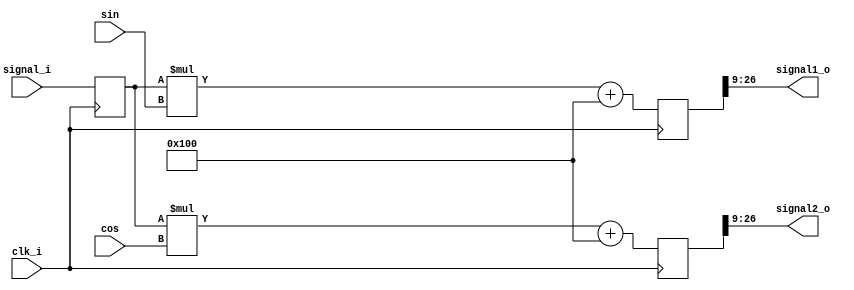
//////////////////////////////////////////////////////////////////////////////////
// Company: 
// Engineer: 
// 
// Design Name: 
// Module Name: 
// Project Name: 
// Target Devices: 
// Tool Versions: 
// Description: 
// 
// Dependencies: 
// 
// Revision:
// Revision 0.01 - File Created
// Additional Comments:
// 
//////////////////////////////////////////////////////////////////////////////////
/*
###############################################################################
#    pyrpl - DSP servo controller for quantum optics with the RedPitaya
#    Copyright (C) 2014-2016  Leonhard Neuhaus  (neuhaus@spectro.jussieu.fr)
#
#    This program is free software: you can redistribute it and/or modify
#    it under the terms of the GNU General Public License as published by
#    the Free Software Foundation, either version 3 of the License, or
#    (at your option) any later version.
#
#    This program is distributed in the hope that it will be useful,
#    but WITHOUT ANY WARRANTY; without even the implied warranty of
#    MERCHANTABILITY or FITNESS FOR A PARTICULAR PURPOSE.  See the
#    GNU General Public License for more details.
#
#    You should have received a copy of the GNU General Public License
#    along with this program.  If not, see <http://www.gnu.org/licenses/>.
############################################################################### 
*/


module red_pitaya_iq_demodulator_block #(
    parameter     INBITS   = 14,
    parameter     OUTBITS   = 18,
    parameter     SINBITS   = 14,
    parameter     SHIFTBITS  = 1
    // why SHIFTBITS SHOULD ALWAYS BE 1:
    // the sin from fgen ranges from -2**(SINBITS-1)+1 to 2**(SINBITS-1)-1
    // i.e. the strange number is excluded by definition. Including the
    // strange number -2**(SINBITS-1), the product signal_i * sin / cos
    // would be maximally
    // 2**(SINBITS+INBITS-1-1). That is, including the sign bit it would
    // occupy SINBITS+INBITS-1 bits. Excluding the strange number of the sin
    // factor makes the maximum less than that, i.e. we can safely represent
    // the product with SINBITS+INBITS-2 bits, including the sign bit.
    // That makes SHIFTBITS = -1 (see below). OUTBITS only determines how many
    // LSB's we cut off.
)
(
    input clk_i,
    input signed  [SINBITS-1:0] sin, 
    input signed  [SINBITS-1:0] cos, 
    input signed  [INBITS-1:0]  signal_i,
    output signed [OUTBITS-1:0] signal1_o,            
    output signed [OUTBITS-1:0] signal2_o            
);

reg signed [INBITS-1:0] firstproduct_reg;
always @(posedge clk_i) begin
    firstproduct_reg <= signal_i;
end


reg signed [SINBITS+INBITS-1:0] product1;
reg signed [SINBITS+INBITS-1:0] product2;

// soft implementation of symmetric rounding
//wire signed [SINBITS+INBITS-1:0] product1_unrounded;
//wire signed [SINBITS+INBITS-1:0] product2_unrounded;
//assign product1_unrounded = firstproduct_reg * sin;
//assign product2_unrounded = firstproduct_reg * cos;
//wire signed [SINBITS+INBITS-1:0] product1_roundoffset;
//wire signed [SINBITS+INBITS-1:0] product2_roundoffset;
//assign product1_roundoffset = (product1_unrounded[SINBITS+INBITS-1]) ? {{(OUTBITS+SHIFTBITS+1){1'b0}},{1'b1},{(SINBITS+INBITS-OUTBITS-SHIFTBITS-2){1'b0}}}
//                            : {{(OUTBITS+SHIFTBITS+1){1'b0}},{1'b0},{(SINBITS+INBITS-OUTBITS-SHIFTBITS-2){1'b1}}};
//
//assign product2_roundoffset = (product2_unrounded[SINBITS+INBITS-1]) ? {{(OUTBITS+SHIFTBITS+1){1'b0}},{1'b1},{(SINBITS+INBITS-OUTBITS-SHIFTBITS-2){1'b0}}}
//                            : {{(OUTBITS+SHIFTBITS+1){1'b0}},{1'b0},{(SINBITS+INBITS-OUTBITS-SHIFTBITS-2){1'b1}}};

// after some problems, we choose asymmetric rounding for now - at least
// some rounding

always @(posedge clk_i) begin
//    product1 <= product1_unrounded + product1_roundoffset;
//    product2 <= product2_unrounded + product2_roundoffset;
    product1 <= firstproduct_reg * sin + $signed(1 << (SINBITS+INBITS-OUTBITS-SHIFTBITS-1));
    product2 <= firstproduct_reg * cos + $signed(1 << (SINBITS+INBITS-OUTBITS-SHIFTBITS-1));
end

assign signal1_o = product1[SINBITS+INBITS-1-SHIFTBITS:SINBITS+INBITS-OUTBITS-SHIFTBITS];
assign signal2_o = product2[SINBITS+INBITS-1-SHIFTBITS:SINBITS+INBITS-OUTBITS-SHIFTBITS];

endmodule